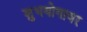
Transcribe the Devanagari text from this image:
शुभयोगावर